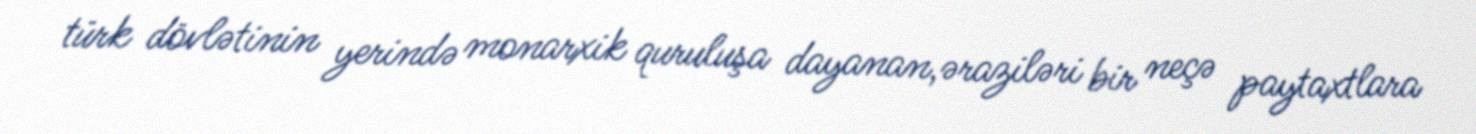
türk dövlətinin yerində monarxik quruluşa dayanan,əraziləri bir neçə paytaxtlara